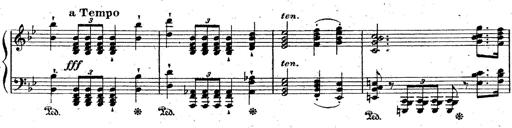
Title: La Marseillaise
Composer: Franz Liszt
Key: B-flat major